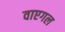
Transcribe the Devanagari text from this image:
वाएगल